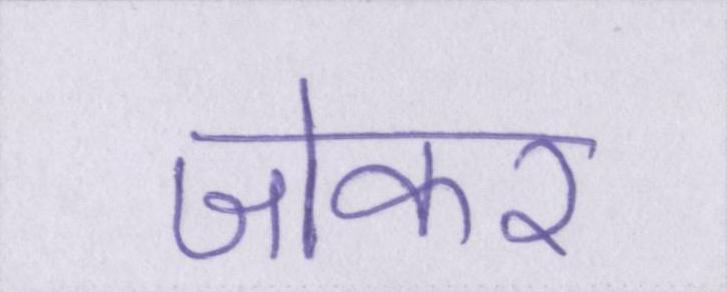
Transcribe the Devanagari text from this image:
जोकर